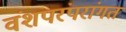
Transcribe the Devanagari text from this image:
वंशपरंपरांगत